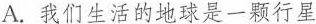
A.我们生活的地球是一颗行星